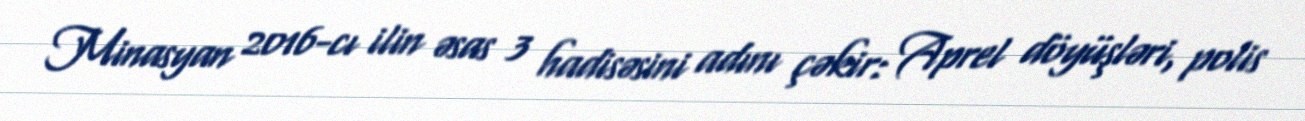
Minasyan 2016-cı ilin əsas 3 hadisəsini adını çəkir: Aprel döyüşləri, polis